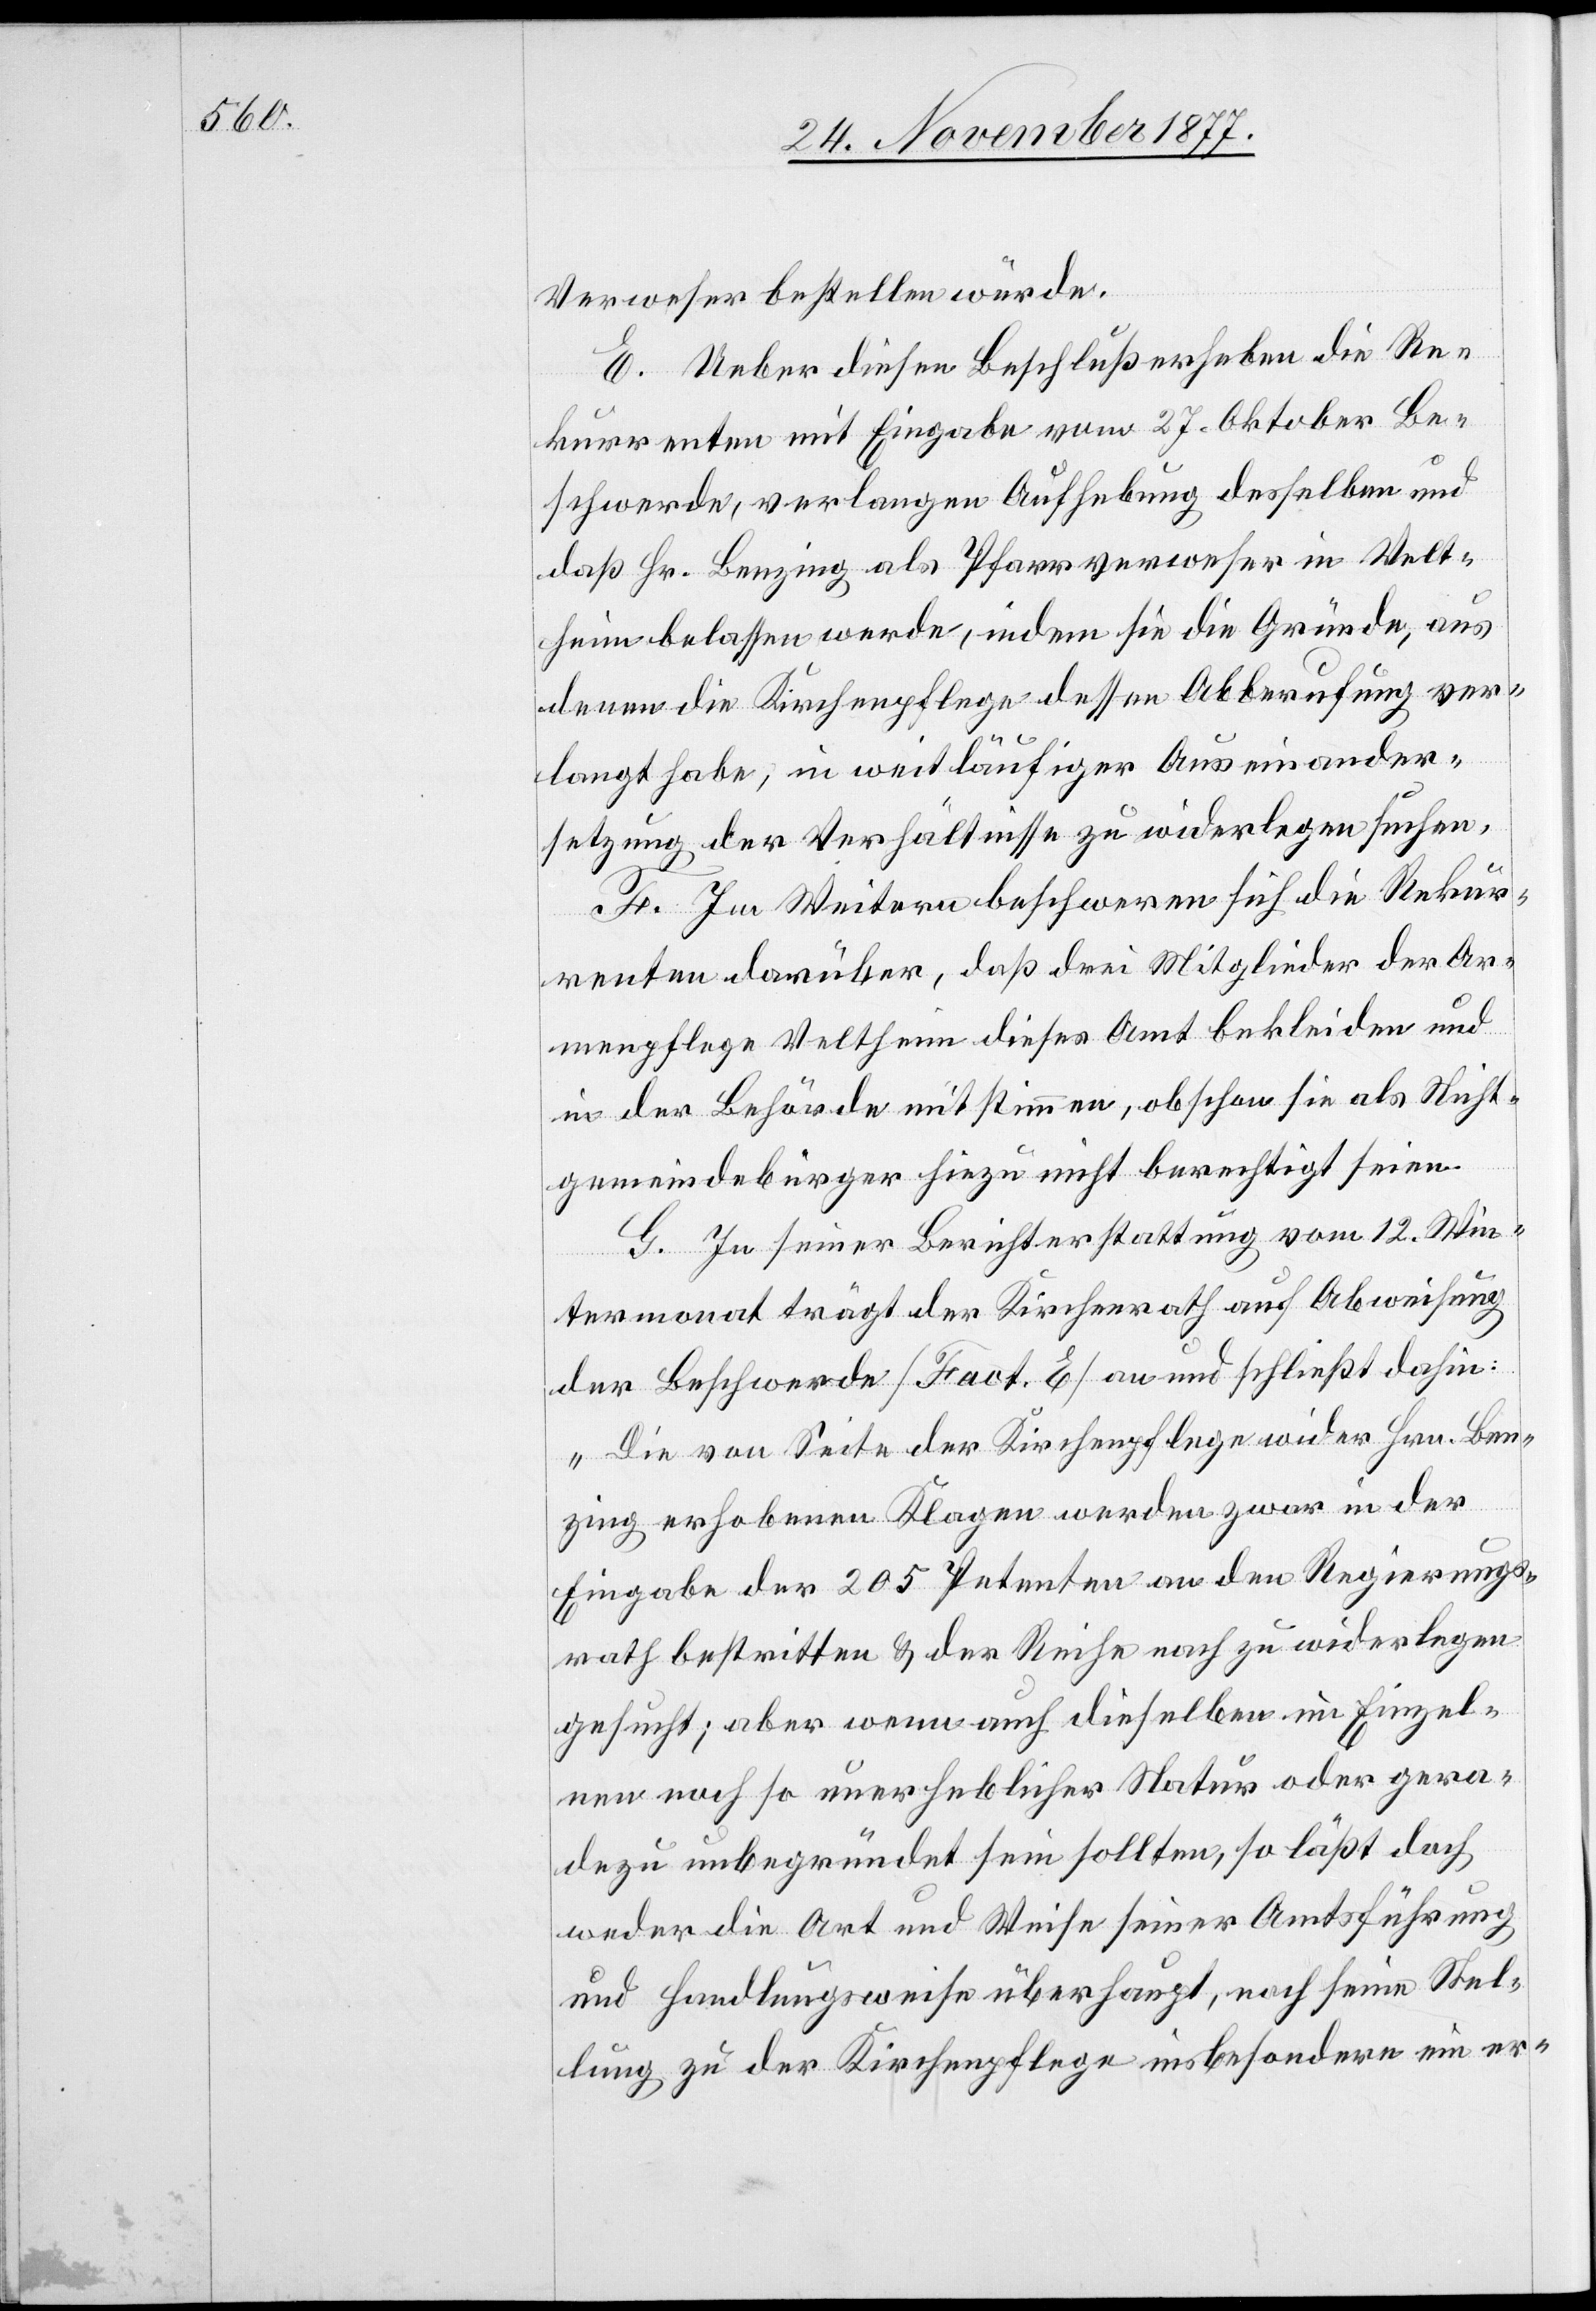
Verweser bestellen würde.
E. Ueber diesen Beschluß erheben die Re¬
kurrenten mit Eingabe vom 27. Oktober Be¬
schwerde, verlangen Aufhebung desselben und
daß Hr. Benzing als Pfarrverweser in Velt¬
heim belassen werde, indem sie die Gründe, aus
denen die Kirchenpflege dessen Abberufung ver¬
langt habe, in weitläufiger Auseinander¬
setzung der Verhältnisse zu widerlegen suchen.
F. Im Weitern beschweren sich die Rekur¬
renten darüber, daß drei Mitglieder der Ar¬
menpflege Veltheim dieses Amt bekleiden und
in der Behörde mitstimmen, obschon sie als Nicht¬
gemeindebürger hiezu nicht berechtigt seien.
G. In seiner Berichterstattung vom 12. Win¬
termonat trägt der Kirchenrath auf Abweisung
der Beschwerde [Fact. E] an und schließt dahin:
„Die von Seite der Kirchenpflege wider Hrn. Ben¬
zing erhobenen Klagen werden zwar in der
Eingabe der 205 Petenten an den Regierungs¬
rath bestritten & der Reihe nach zu widerlegen
gesucht; aber wenn auch dieselben im Einzel¬
nen noch so unerheblicher Natur oder gera¬
dezu unbegründet sein sollten, so läßt doch
weder die Art und Weise seiner Amtsführung
und Handlungsweise überhaupt, noch seine Stel¬
lung zu der Kirchenpflege insbesondere ein er-